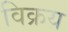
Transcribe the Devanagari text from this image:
विक्रय